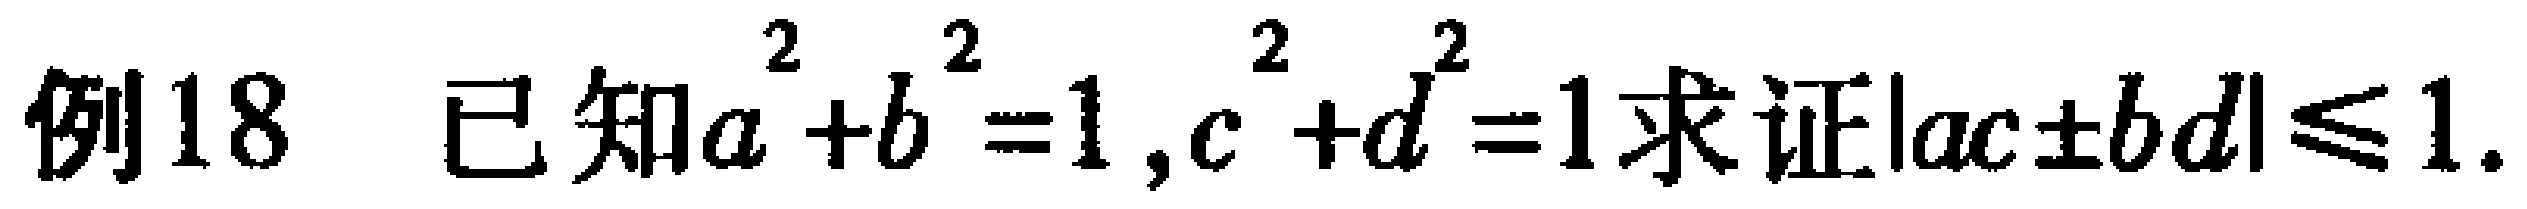
例18 已知\(a^{2}+b^{2}=1\)，\(c^{2}+d^{2}=1\)求证\(\vert ac\pm bd\vert\leqslant 1\).